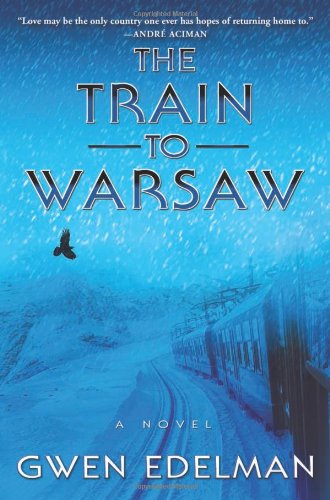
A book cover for The Train to Warsaw; Gwen Edelman; Literature & Fiction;